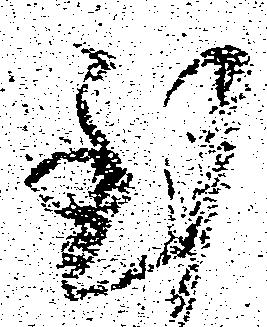
至